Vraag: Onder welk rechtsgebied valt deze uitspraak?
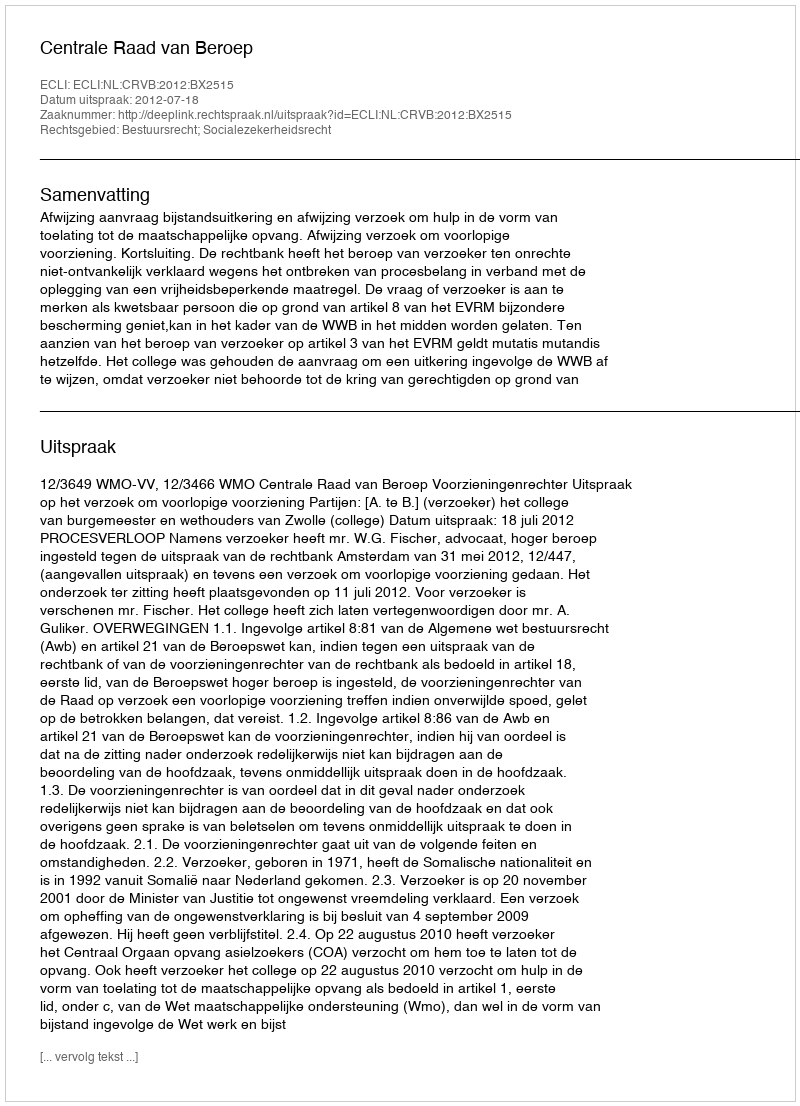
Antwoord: Bestuursrecht; Socialezekerheidsrecht